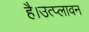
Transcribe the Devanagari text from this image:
है।उत्प्लावन